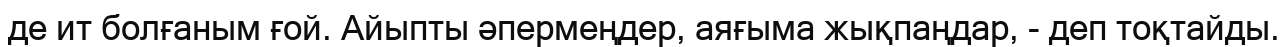
де ит болғаным ғой. Айыпты әпермеңдер, аяғыма жықпаңдар, - деп тоқтайды.